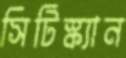
সিটিস্ক্যান